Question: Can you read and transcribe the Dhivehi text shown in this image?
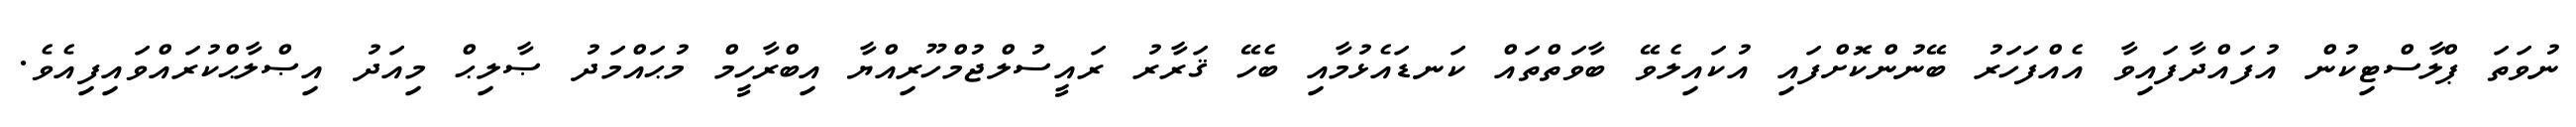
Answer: ނުވަތަ ޕްލާސްޓިކުން އުފައްދާފައިވާ އެއްފަހަރު ބޭނުންކޮށްފައި އުކައިލެވޭ ބާވަތްތައް ކަނޑައެޅުމާއި ބެހޭ ޤަރާރު ރައީސުލްޖުމްހޫރިއްޔާ އިބްރާހީމް މުޙައްމަދު ޞާލިޙް މިއަދު އިޞްލާޙްކުރައްވައިފިއެވެ.